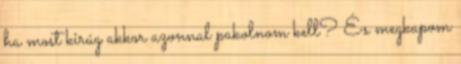
ha most kirúg akkor azonnal pakolnom kell? És megkapom